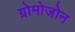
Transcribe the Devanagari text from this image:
ग्रोमोजोन